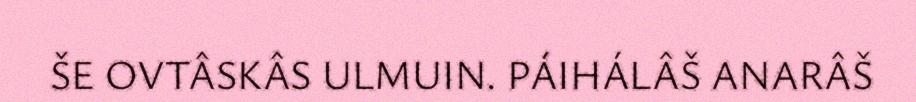
ŠE OVTÂSKÂS ULMUIN. PÁIHÁLÂŠ ANARÂŠ